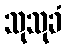
သုသုခံ